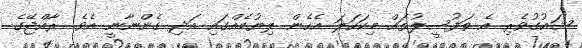
ޝައުގުވެރި އެ ތަފުސީލުތައް މިކަހަލަ އެހެން ލިޔުމެއްގައި އަދި ގެންނާނީ އެވެ. ރާއްޖޭގެ